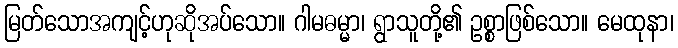
မြတ်သောအကျင့်ဟုဆိုအပ်သော။ ဂါမဓမ္မာ၊ ရွာသူတို့၏ ဥစ္စာဖြစ်သော။ မေထုနာ၊